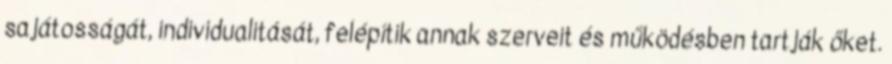
sajátosságát, individualitását, felépítik annak szerveit és működésben tartják őket.